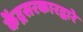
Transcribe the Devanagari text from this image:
केंद्रसरकारद्वारे